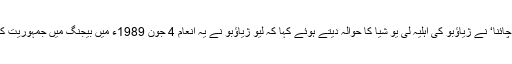
انسانی حقوق کے لئےکام کرنے والے ایک امریکی گروپ ’ ہیومن رائٹس ان چائنا‘ نے ژياؤبو کی اہلیہ لی یو شیا کا حوالہ دیتے ہوئے کہا کہ لِیُو ژیاؤبو نے یہ انعام 4 جون 1989ء میں بیجنگ میں جمہوریت کے نام پر اپنی جانوں کی قربانی دینے والوں کے نام کرنے کا فیصلہ کیا ہے۔